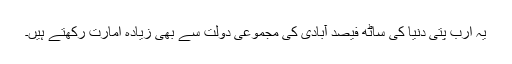
یہ ارب پتی دنیا کی ساٹھ فیصد آبادی کی مجموعی دولت سے بھی زیادہ امارت رکھتے ہیں۔